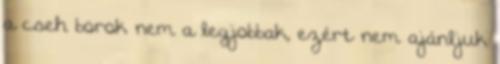
a cseh borok nem a legjobbak, ezért nem ajánljuk